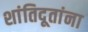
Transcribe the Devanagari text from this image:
शांतिदूतांना